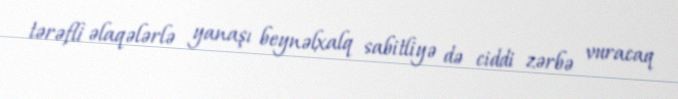
tərəfli əlaqələrlə yanaşı beynəlxalq sabitliyə də ciddi zərbə vuracaq